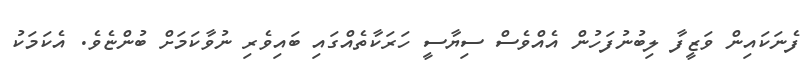
ފެނަކައިން ވަޒީފާ ލިބުނުފަހުން އެއްވެސް ސިޔާސީ ހަރަކާތެއްގައި ބައިވެރި ނުވާކަމަށް ބުންޏެވެ. އެކަމަކު